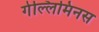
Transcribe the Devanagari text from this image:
गेल्‍लिमिनस